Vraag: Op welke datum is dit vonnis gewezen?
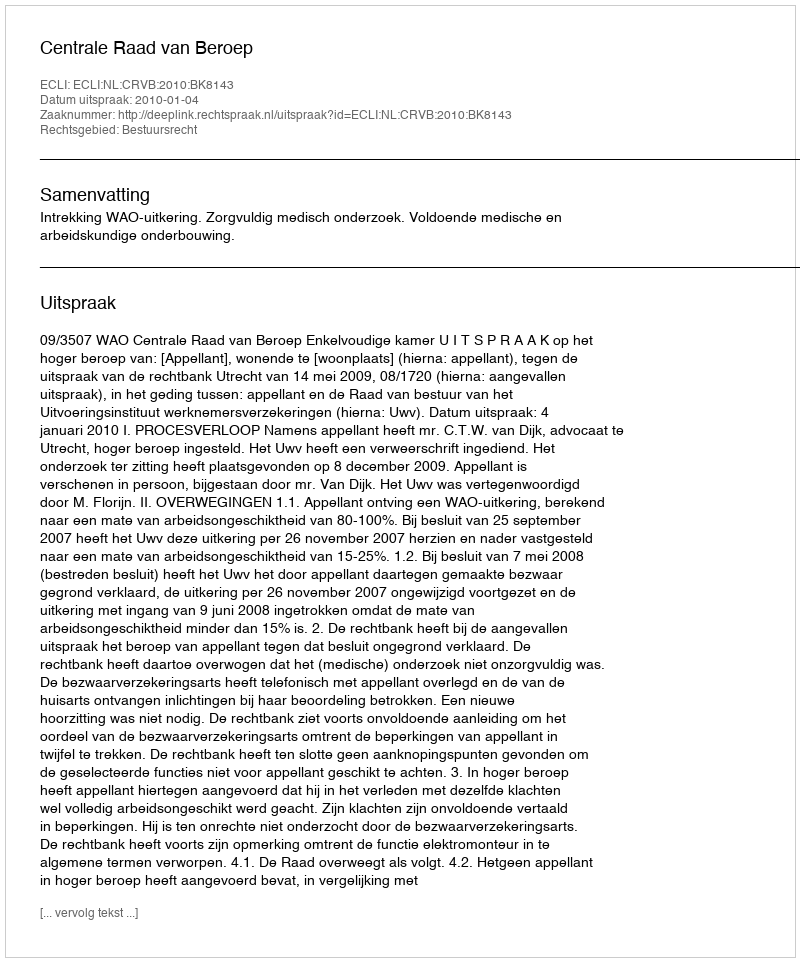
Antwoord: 2010-01-04